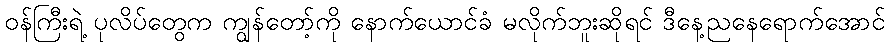
ဝန်ကြီးရဲ့ ပုလိပ်တွေက ကျွန်တော့်ကို နောက်ယောင်ခံ မလိုက်ဘူးဆိုရင် ဒီနေ့ညနေရောက်အောင်